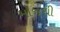
મોજથી